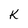
Character: K